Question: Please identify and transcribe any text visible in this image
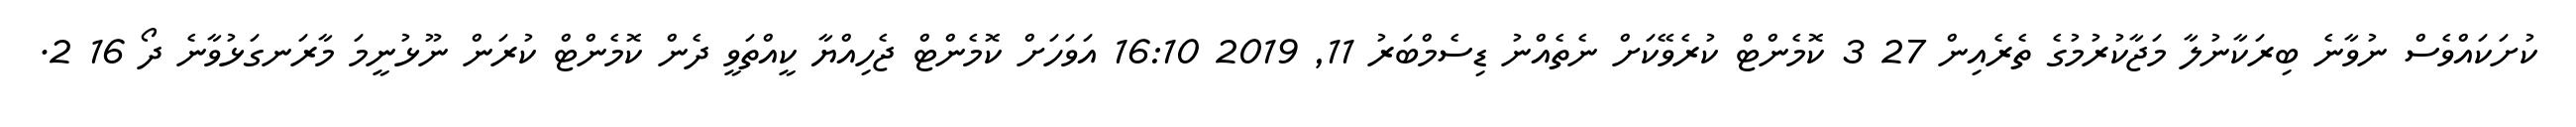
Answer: ކުށަކައްވެސް ނުވާނެ ބިރަކާނުލާ މަޖާކުރުމުގެ ތެރެއިން 27 3 ކޮމެންޓް ކުރެވޭކަށް ނެތެއްނު ޑިސެމްބަރު 11, 2019 16:10 އަވަހަށް ކޮމެންޓް ޖެހިއްޔާ ކީއްތަވީ ދެން ކޮމެންޓް ކުރަން ނޫޅުނީމަ މާރަނގަޅުވާނެ ދޯ 16 2.